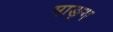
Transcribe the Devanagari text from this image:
माङ्ग